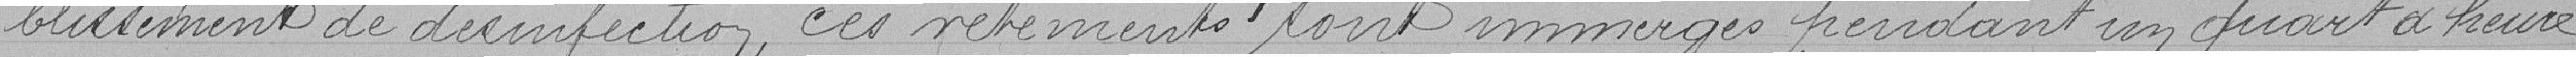
-blissement de désinfection, ces vêtements tout immergés pendant un quart d'heure